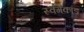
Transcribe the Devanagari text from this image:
स्वर्गकांड